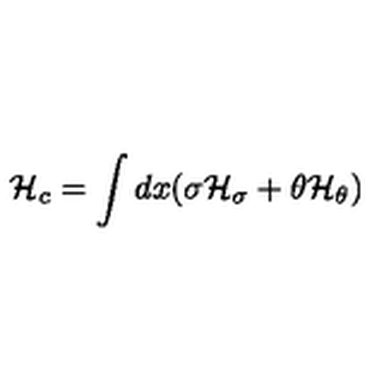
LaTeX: { \cal H } _ { c } = \int d x ( \sigma { \cal H } _ { \sigma } + \theta { \cal H } _ { \theta } )